Sketch of the medical history of the native army of Bombay, for the year
Year: 1872
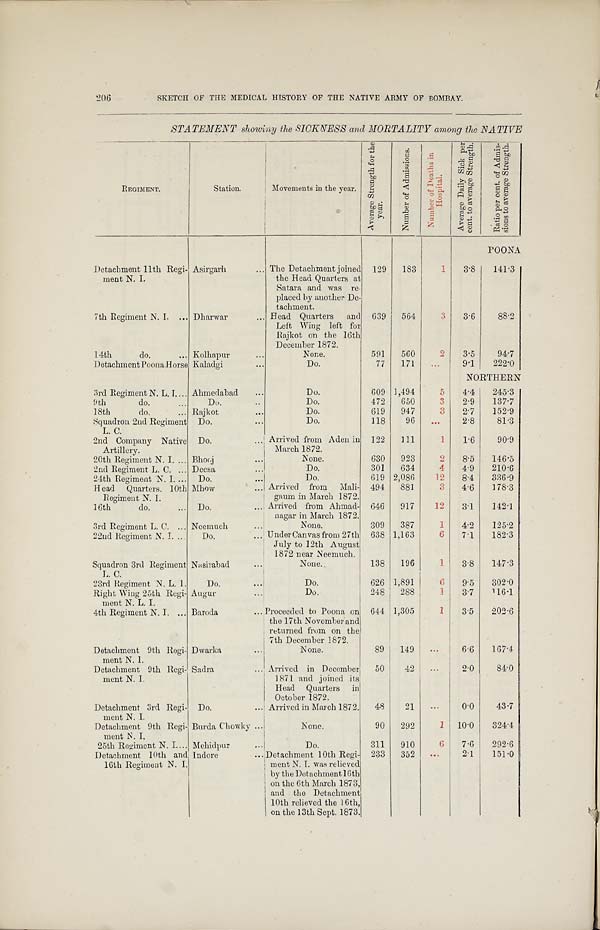
206
SKETCH OF THE MEDICAL HISTORY OF THE NATIVE ARMY OF BOMBAY.
STATEMENT showing the SICKNESS and MORTALITY among the NATIVE
REGIMENT.
Station.
Movements in the year.
A v e r a g e S t r e n g t h f o r t h e y e a r .
N u m b e r o f A d m i s s i o n s .
N u m b e r o f D e a t h s i n H o s p i t a l .
A v e r a g e D a i l y S i c k p e r c e n t . t o a v e r a g e S t r e n g t h .
R a t i o p e r c e n t . o f A d m i s - s i o n s t o a v e r a g e S t r e n g t h .
POONA
Detachment 11th Regi-
ment N. I.
Asirgarh
The Detachment joined
the Head Quarters at
Satara and was re-
placed by another De-
tachment.
129
183
1
3.8
141.3
7th Regiment N. I.
Dharwar
Head Quarters and
Left Wing left for
Rajkot on the 16th
December 1872.
639
564
3
3.6
88.2
14th do.
Kolhapur
None.
591
560
2
3.5
94.7
DetachmentPoona Horse Kaladgi
Do.
77
171
. . . 9.1
222.0
NORTHERN
3rd Regiment N. L. I.
Ahmedabad
Do.
609 1,494
5
4.4
245.3
9th do.
Do.
Do.
472
650
3
2.9
137.7
18th do.
Rajkot
Do.
619
947
3
2.7
152.9
Squadron 2nd Regiment
L. C.
Do.
Do.
118
96
. . .
2.8
81.3
2nd Company Native
Artillery.
Do.
Arrived from Aden in
March 1872.
122
111
1 1.6
90.9
20th Regiment N. I.
B h o o j
None.
630
923
2
8.5
146.5
2nd Regiment L. C.
Deesa
Do.
301
634
4
4.9
210.6
24th Regiment N. I.
Do.
Do.
619 2,086
12
8.4
386.9
Head Quarters. 10th
Regiment N. I.
Mhow
Arrived from Mali-
gaum in March 1872.
494
881
3
4.6
178.3
16th do.
Do.
Arrived from Ahmad-
nagar in March 1872.
646
917
12
3.1
142.1
3rd Regiment L. C.
Neemuch
None.
309
387
1
4.2
125.2
22nd Regiment N. I.
Do.
Under Canvas from 27th
July to 12th August
1872 near Neemuch.
638 1,163
6
7.1
182.3
Squadron 3rd Regiment
L. C.
Nasirabad
None.
138
196
1
3.8
147.3
23rd Regiment N. L. I.
Do.
Do.
626 1,891
6
9.5
302.0
Right Wing 25th Regi-
ment N. L. I.
Augur
Do.
248
288
1
3.7
116.1
4th Regiment N. I.
Baroda
P r o c e e d e d t o P o o n a o n
the 17th November and
returned from on the
7th December 1872.
644 1,305
1
3.5
202.6
Detachment 9th Regi-
ment N. 1.
Dwarka
None.
89
149
. . .
6.6
167.4
Detachment 9th Regi-
ment N. I.
Sadra
Arrived in December
1871 and joined its
Head Quarters in
October 1872.
50
42
...
2.0
84.0
Detachment 3rd. Regi-
ment N. I.
Do.
Arrived in March 1872.
48
21
. . .
0.0
43.7
Detachment 9th Regi-
ment N.I.
Burda Chowky
None.
90
292
1 10.0
324.4
25th Regiment N. I.
Mehidpur
Do.
311
910
6
7.6
292.6
Detachment 10th and
16th Regiment N. I.
Indore
D e t a c h m e n t 1 0 t h R e g i -
ment N. I. was relieved
by the Detachment 16th
on the 6th March 1873,
and the Detachment
10th relieved the 16th,
on the 13th Sept. 1873.
233
352
. . .
2.1
151.0